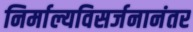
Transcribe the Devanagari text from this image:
निर्माल्यविसर्जनानंतर